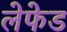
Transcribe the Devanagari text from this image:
लेफेड